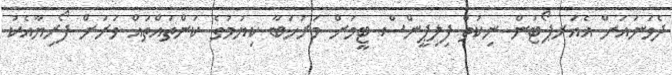
ދެވަނައަށް އެއަރޕޯޓުން ނިކުތް ފިލިޕީންސް ޓީމަށް މަރުހަބާ ކިޔުމުގެ ކަންތައްތައް ވަރަށް ފޯރިޔާއެކު